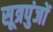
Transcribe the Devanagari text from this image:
सूत्रपुंजों